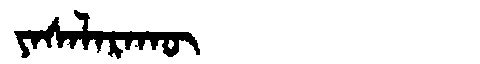
Manchu: ᠶᠠᠰᠠᠯᠠᡵᠠᡴᡡ
Romanization: YASALARAKŪ